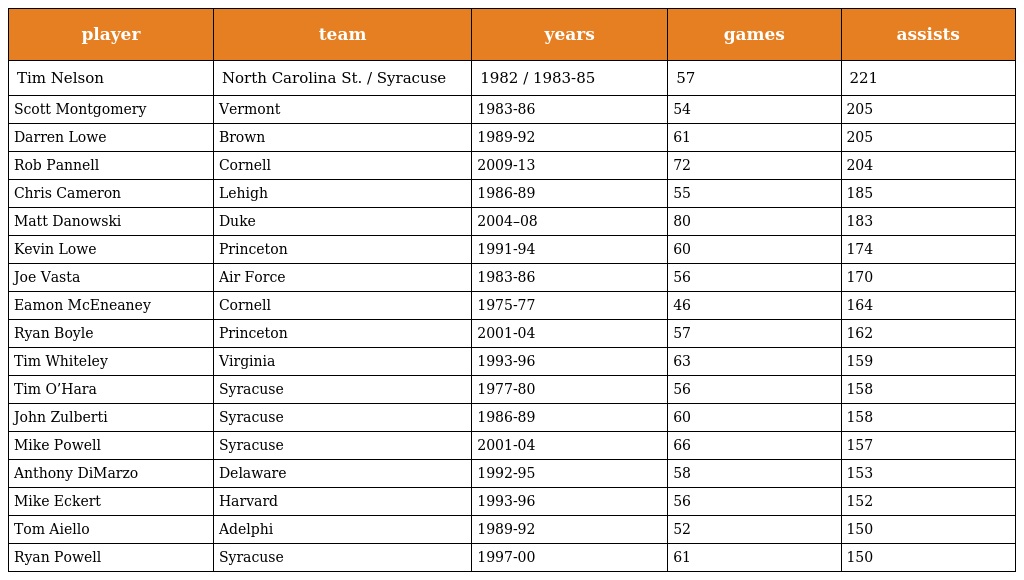
| player | team | years | games | assists |
 | --- | --- | --- | --- | --- |
 | Tim Nelson | North Carolina St. / Syracuse | 1982 / 1983-85 | 57 | 221 |
 | Scott Montgomery | Vermont | 1983-86 | 54 | 205 |
 | Darren Lowe | Brown | 1989-92 | 61 | 205 |
 | Rob Pannell | Cornell | 2009-13 | 72 | 204 |
 | Chris Cameron | Lehigh | 1986-89 | 55 | 185 |
 | Matt Danowski | Duke | 2004–08 | 80 | 183 |
 | Kevin Lowe | Princeton | 1991-94 | 60 | 174 |
 | Joe Vasta | Air Force | 1983-86 | 56 | 170 |
 | Eamon McEneaney | Cornell | 1975-77 | 46 | 164 |
 | Ryan Boyle | Princeton | 2001-04 | 57 | 162 |
 | Tim Whiteley | Virginia | 1993-96 | 63 | 159 |
 | Tim O’Hara | Syracuse | 1977-80 | 56 | 158 |
 | John Zulberti | Syracuse | 1986-89 | 60 | 158 |
 | Mike Powell | Syracuse | 2001-04 | 66 | 157 |
 | Anthony DiMarzo | Delaware | 1992-95 | 58 | 153 |
 | Mike Eckert | Harvard | 1993-96 | 56 | 152 |
 | Tom Aiello | Adelphi | 1989-92 | 52 | 150 |
 | Ryan Powell | Syracuse | 1997-00 | 61 | 150 |